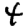
Digit: 4